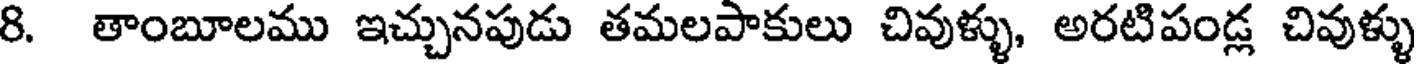
8. తాంబూలము ఇచ్చునపుడు తమలపాకులు చివుళ్ళు, అరటిపండ్ల చివుళ్ళు